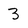
Character: 3